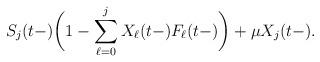
LaTeX: \begin{align*}S_j(t-) \bigg(1 - \sum_{\ell = 0}^j X_{\ell}(t-)F_{\ell}(t-) \bigg) + \mu X_j(t-).\end{align*}